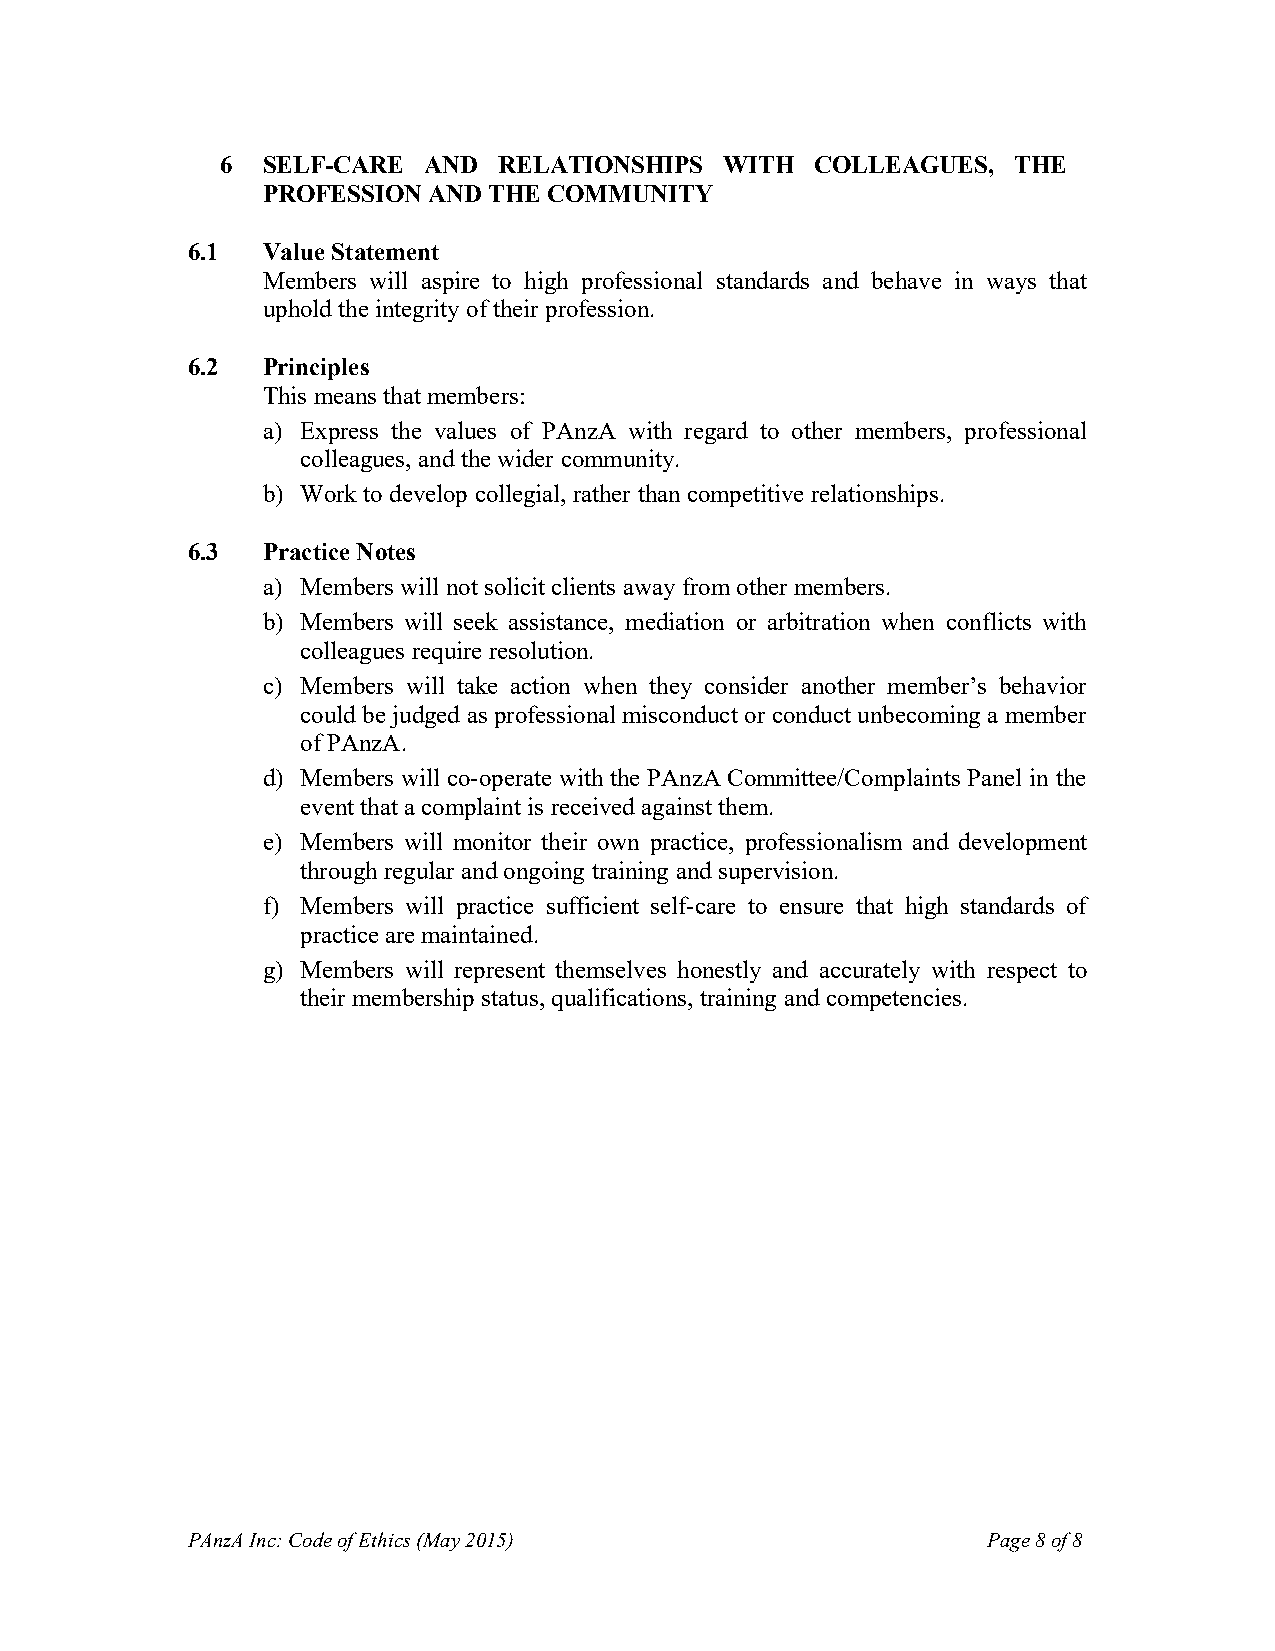
6 SELF-CARE  AND  RELATIONSHIPS  WITH  COLLEAGUES,  THE
 PROFESSION AND THE COMMUNITY
 6.1  Value Statement
 Members will aspire to high professional standards and behave in ways that
 uphold the integrity of their profession.
 6.2  Principles
 This means that members:
 a) Express the values of PAnzA with regard to other members, professional
 colleagues, and the wider community.
 b) Work to develop collegial, rather than competitive relationships.
 6.3  Practice Notes
 a) Members will not solicit clients away from other members.
 b) Members will seek assistance, mediation or arbitration when conflicts with
 colleagues require resolution.
 c) Members will take action when they consider another member’s behavior
 could be judged as professional misconduct or conduct unbecoming a member
 of PAnzA.
 d) Members will co-operate with the PAnzA Committee/Complaints Panel in the
 event that a complaint is received against them.
 e) Members will monitor their own practice, professionalism and development
 through regular and ongoing training and supervision.
 f) Members will practice sufficient self-care to ensure that high standards of
 practice are maintained.
 g) Members will represent themselves honestly and accurately with respect to
 their membership status, qualifications, training and competencies.
 PAnzA Inc: Code of Ethics (May 2015)                 Page 8 of 8